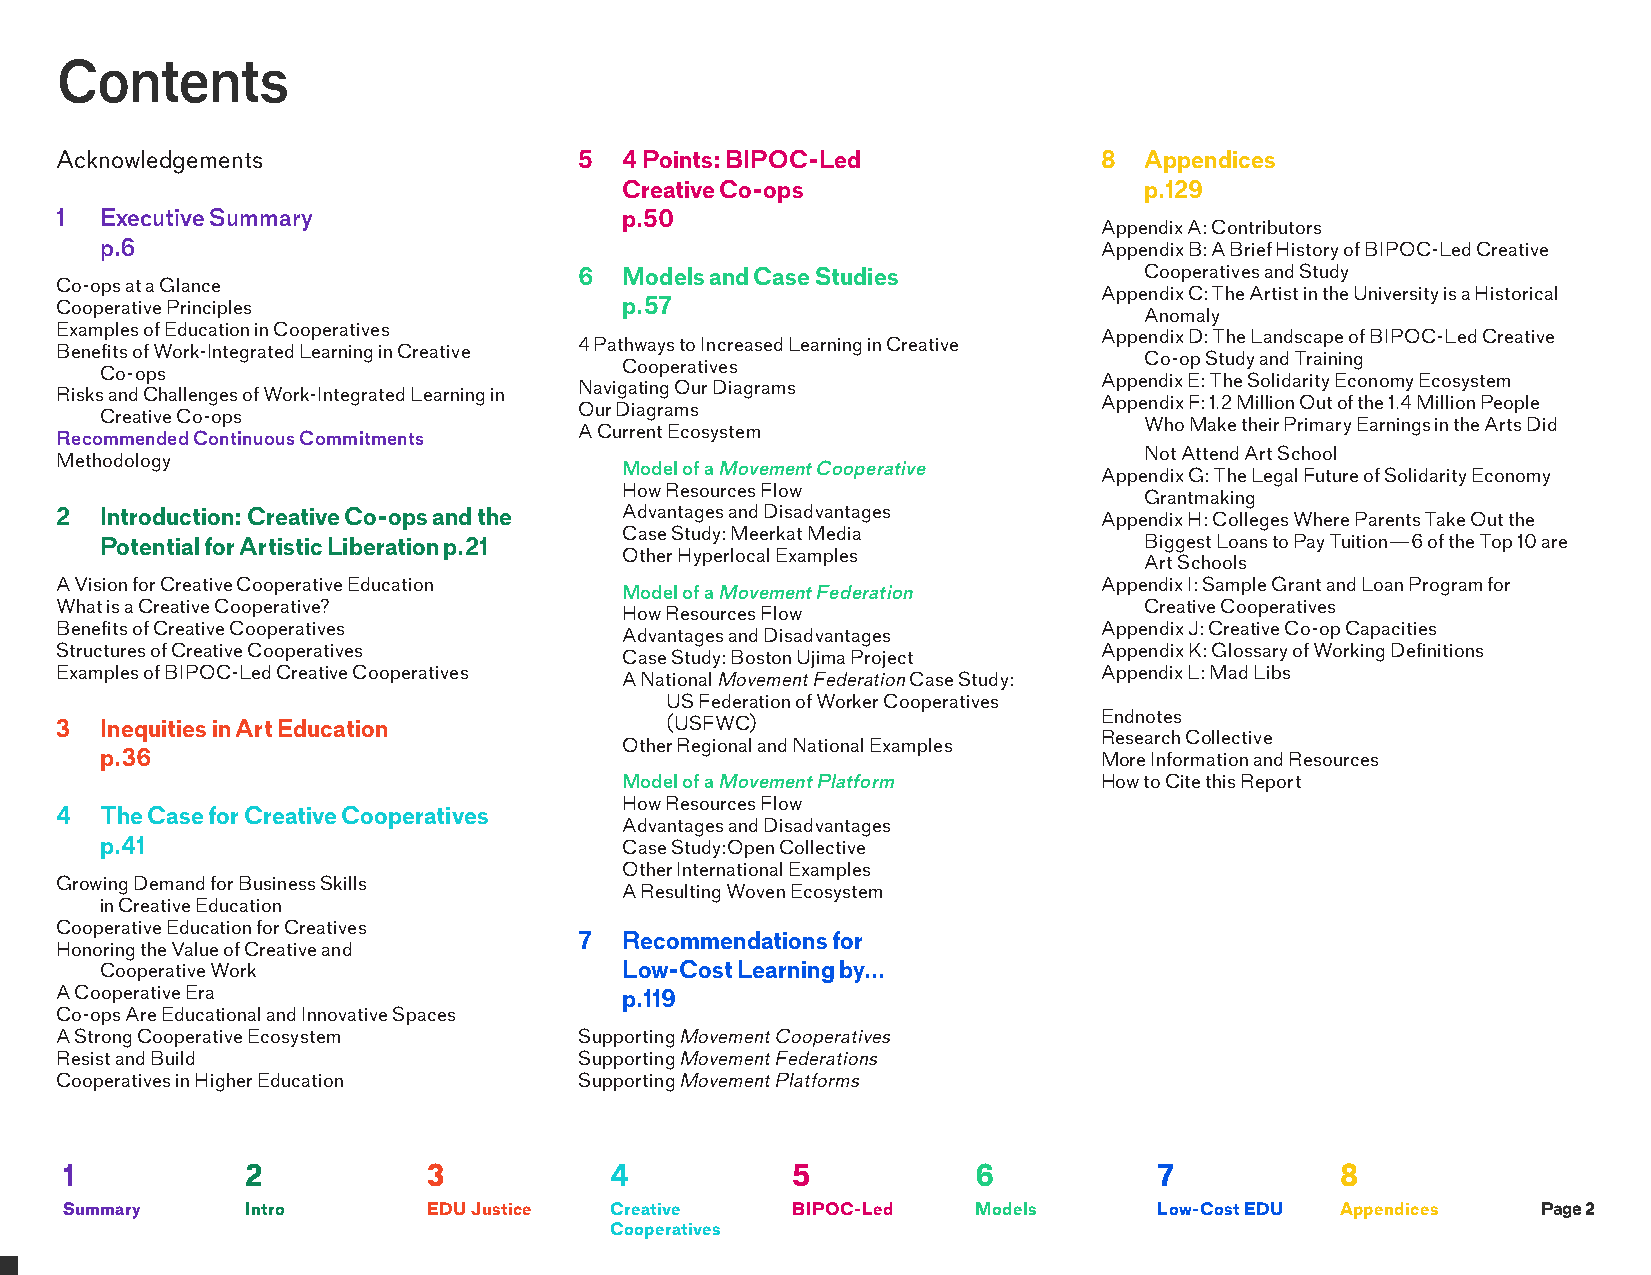
Contents
 Acknowledgements                  5  4 Points: BIPOC-Led             8  Appendices
 Creative Co-ops                    p.129
 1  Executive Summary                 p.50
 Appendix A: Contributors
 p.6                                                               Appendix B: A Brief History of BIPOC-Led Creative
 6  Models and Case Studies            Cooperatives and Study
 Co-ops at a Glance
 Appendix C: The Artist in the University is a Historical
 Cooperative Principles               p.57
 Anomaly
 Examples of Education in Cooperatives
 Appendix D: The Landscape of BIPOC-Led Creative
 4 Pathways to Increased Learning in Creative
 Benefits of Work-Integrated Learning in Creative
 Co-op Study and Training
 Cooperatives
 Co-ops
 Appendix E: The Solidarity Economy Ecosystem
 Navigating Our Diagrams
 Risks and Challenges of Work-Integrated Learning in
 Appendix F: 1.2 Million Out of the 1.4 Million People
 Our Diagrams
 Creative Co-ops
 Who Make their Primary Earnings in the Arts Did
 A Current Ecosystem
 Recommended Continuous Commitments
 Not Attend Art School
 Methodology
 Model of a Movement Cooperative
 Appendix G: The Legal Future of Solidarity Economy
 How Resources Flow
 Grantmaking
 2  Introduction: Creative Co-ops and the Advantages and Disadvantages Appendix H: Colleges Where Parents Take Out the
 Case Study: Meerkat Media
 Potential for Artistic Liberation p.21                               Biggest Loans to Pay Tuition—6 of the Top 10 are
 Other Hyperlocal Examples
 Art Schools
 A Vision for Creative Cooperative Education                          Appendix I: Sample Grant and Loan Program for
 Model of a Movement Federation
 What is a Creative Cooperative?                                         Creative Cooperatives
 How Resources Flow
 Benefits of Creative Cooperatives                                    Appendix J: Creative Co-op Capacities
 Advantages and Disadvantages
 Structures of Creative Cooperatives                                  Appendix K: Glossary of Working Definitions
 Case Study: Boston Ujima Project
 Examples of BIPOC-Led Creative Cooperatives                          Appendix L: Mad Libs
 A National Movement Federation Case Study:
 US Federation of Worker Cooperatives
 Endnotes
 3  Inequities in Art Education          (USFWC)
 Research Collective
 Other Regional and National Examples
 p.36                                                              More Information and Resources
 Model of a Movement Platform    How to Cite this Report
 How Resources Flow
 4  The Case for Creative Cooperatives
 Advantages and Disadvantages
 p.41                              Case Study:Open Collective
 Other International Examples
 Growing Demand for Business Skills
 A Resulting Woven Ecosystem
 in Creative Education
 Cooperative Education for Creatives
 7  Recommendations for
 Honoring the Value of Creative and
 Cooperative Work                  Low-Cost Learning by...
 A Cooperative Era                    p.119
 Co-ops Are Educational and Innovative Spaces
 A Strong Cooperative Ecosystem    Supporting Movement Cooperatives
 Resist and Build                  Supporting Movement Federations
 Cooperatives in Higher Education  Supporting Movement Platforms
 1           2           3           4           5            6           7           8
 Summary     Intro       EDU Justice Creative    BIPOC-Led    Models      Low-Cost EDU Appendices  Page 2
 Cooperatives